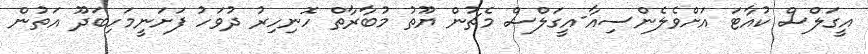
އީގަލްސް ކުއާޓަ އަށްވެލެންސިއާ-އީގަލްސް މެޗުން ޔޫތު މުބާރާތް ހޮނިހިރު ދުވަހު ފަށަނީމަހިބަދޫ އަތުން